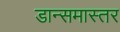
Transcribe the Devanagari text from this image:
डान्समास्तर